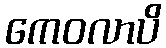
ကေဝလာပိ